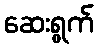
ဆေးရွက်